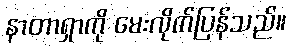
နာတာရှာကို မေးလိုက်ပြန်သည်။